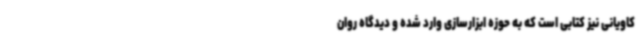
کاویانی نیز کتابی است که به حوزه ابزارسازی وارد شده و دیدگاه روان